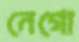
নেগো